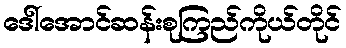
ဒေါ်အောင်ဆန်းစုကြည်ကိုယ်တိုင်